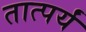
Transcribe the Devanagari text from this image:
तात्पर्यं